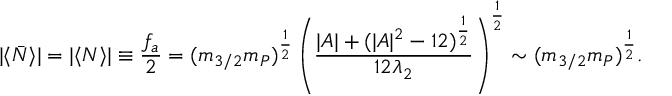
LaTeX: | \langle \bar { N } \rangle | = | \langle N \rangle | \equiv \frac { f _ { a } } { 2 } = ( m _ { 3 / 2 } m _ { P } ) ^ { \frac { 1 } { 2 } } \left( \frac { | A | + ( | A | ^ { 2 } - 1 2 ) ^ { \frac { 1 } { 2 } } } { 1 2 \lambda _ { 2 } } \right) ^ { \frac { 1 } { 2 } } \sim ( m _ { 3 / 2 } m _ { P } ) ^ { \frac { 1 } { 2 } } .